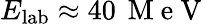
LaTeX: E_{\mathrm{lab}}\approx 40\, \mathrm{~M~e~V~}